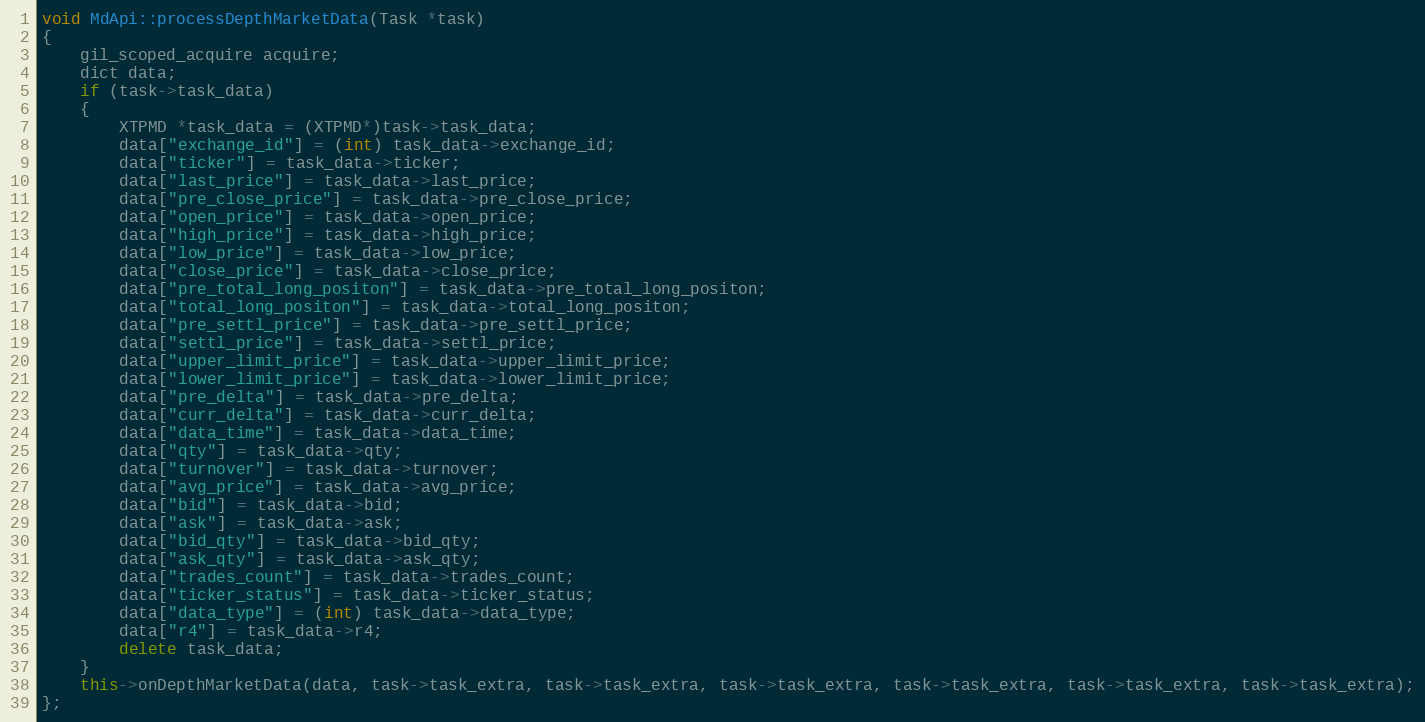
Language: C++
void MdApi::processDepthMarketData(Task *task)
{
	gil_scoped_acquire acquire;
	dict data;
	if (task->task_data)
	{
		XTPMD *task_data = (XTPMD*)task->task_data;
		data["exchange_id"] = (int) task_data->exchange_id;
		data["ticker"] = task_data->ticker;
		data["last_price"] = task_data->last_price;
		data["pre_close_price"] = task_data->pre_close_price;
		data["open_price"] = task_data->open_price;
		data["high_price"] = task_data->high_price;
		data["low_price"] = task_data->low_price;
		data["close_price"] = task_data->close_price;
		data["pre_total_long_positon"] = task_data->pre_total_long_positon;
		data["total_long_positon"] = task_data->total_long_positon;
		data["pre_settl_price"] = task_data->pre_settl_price;
		data["settl_price"] = task_data->settl_price;
		data["upper_limit_price"] = task_data->upper_limit_price;
		data["lower_limit_price"] = task_data->lower_limit_price;
		data["pre_delta"] = task_data->pre_delta;
		data["curr_delta"] = task_data->curr_delta;
		data["data_time"] = task_data->data_time;
		data["qty"] = task_data->qty;
		data["turnover"] = task_data->turnover;
		data["avg_price"] = task_data->avg_price;
		data["bid"] = task_data->bid;
		data["ask"] = task_data->ask;
		data["bid_qty"] = task_data->bid_qty;
		data["ask_qty"] = task_data->ask_qty;
		data["trades_count"] = task_data->trades_count;
		data["ticker_status"] = task_data->ticker_status;
		data["data_type"] = (int) task_data->data_type;
		data["r4"] = task_data->r4;
		delete task_data;
	}
	this->onDepthMarketData(data, task->task_extra, task->task_extra, task->task_extra, task->task_extra, task->task_extra, task->task_extra);
};